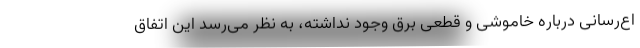
اع‌رسانی درباره خاموشی و قطعی برق وجود نداشته، به نظر می‌رسد این اتفاق